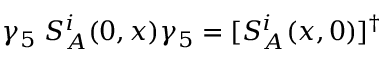
\gamma _ { 5 } \; S _ { A } ^ { i } ( 0 , x ) \gamma _ { 5 } = [ S _ { A } ^ { i } ( x , 0 ) ] ^ { \dagger }